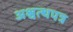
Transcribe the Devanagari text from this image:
अश्वत्थपत्र